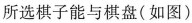
所选棋子能与棋盘(如图)